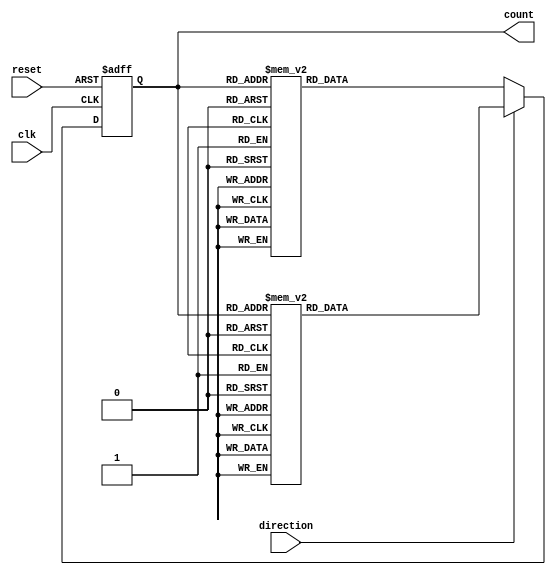
module bidirectional_gray_counter (
    input wire clk,     // Clock signal
    input wire reset,   // Reset signal
    input wire direction, // Direction control signal (0 for count up, 1 for count down)
    output reg [3:0] count // Bidirectional Gray counter output
);

reg [3:0] count_reg;   // Current count value

always @ (posedge clk or posedge reset) begin
    if (reset) begin
        count_reg <= 4'b0000;  // Reset count value to 0
    end else begin
        if (direction == 0) begin
            // Count up
            case (count_reg)
                4'b0000: count_reg <= 4'b0001;
                4'b0001: count_reg <= 4'b0011;
                4'b0011: count_reg <= 4'b0010;
                4'b0010: count_reg <= 4'b0110;
                4'b0110: count_reg <= 4'b0111;
                4'b0111: count_reg <= 4'b0101;
                4'b0101: count_reg <= 4'b0100;
                4'b0100: count_reg <= 4'b1100;
                4'b1100: count_reg <= 4'b1101;
                4'b1101: count_reg <= 4'b1111;
                4'b1111: count_reg <= 4'b1110;
                4'b1110: count_reg <= 4'b1010;
                4'b1010: count_reg <= 4'b1011;
                4'b1011: count_reg <= 4'b1001;
                4'b1001: count_reg <= 4'b1000;
                4'b1000: count_reg <= 4'b0000;
            endcase
        end else begin
            // Count down
            case (count_reg)
                4'b0000: count_reg <= 4'b1000;
                4'b1000: count_reg <= 4'b1001;
                4'b1001: count_reg <= 4'b1011;
                4'b1011: count_reg <= 4'b1010;
                4'b1010: count_reg <= 4'b1110;
                4'b1110: count_reg <= 4'b1111;
                4'b1111: count_reg <= 4'b1101;
                4'b1101: count_reg <= 4'b1100;
                4'b1100: count_reg <= 4'b0100;
                4'b0100: count_reg <= 4'b0101;
                4'b0101: count_reg <= 4'b0111;
                4'b0111: count_reg <= 4'b0110;
                4'b0110: count_reg <= 4'b0010;
                4'b0010: count_reg <= 4'b0011;
                4'b0011: count_reg <= 4'b0001;
                4'b0001: count_reg <= 4'b0000;
            endcase
        end
    end
end

assign count = count_reg;

endmodule